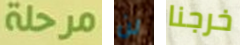
مرحلة لن خرجنا